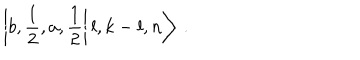
\left| \left. b , \frac { 1 } { 2 } , a , \frac { 1 } { 2 } \right| l , k - l , n \right\rangle \: .